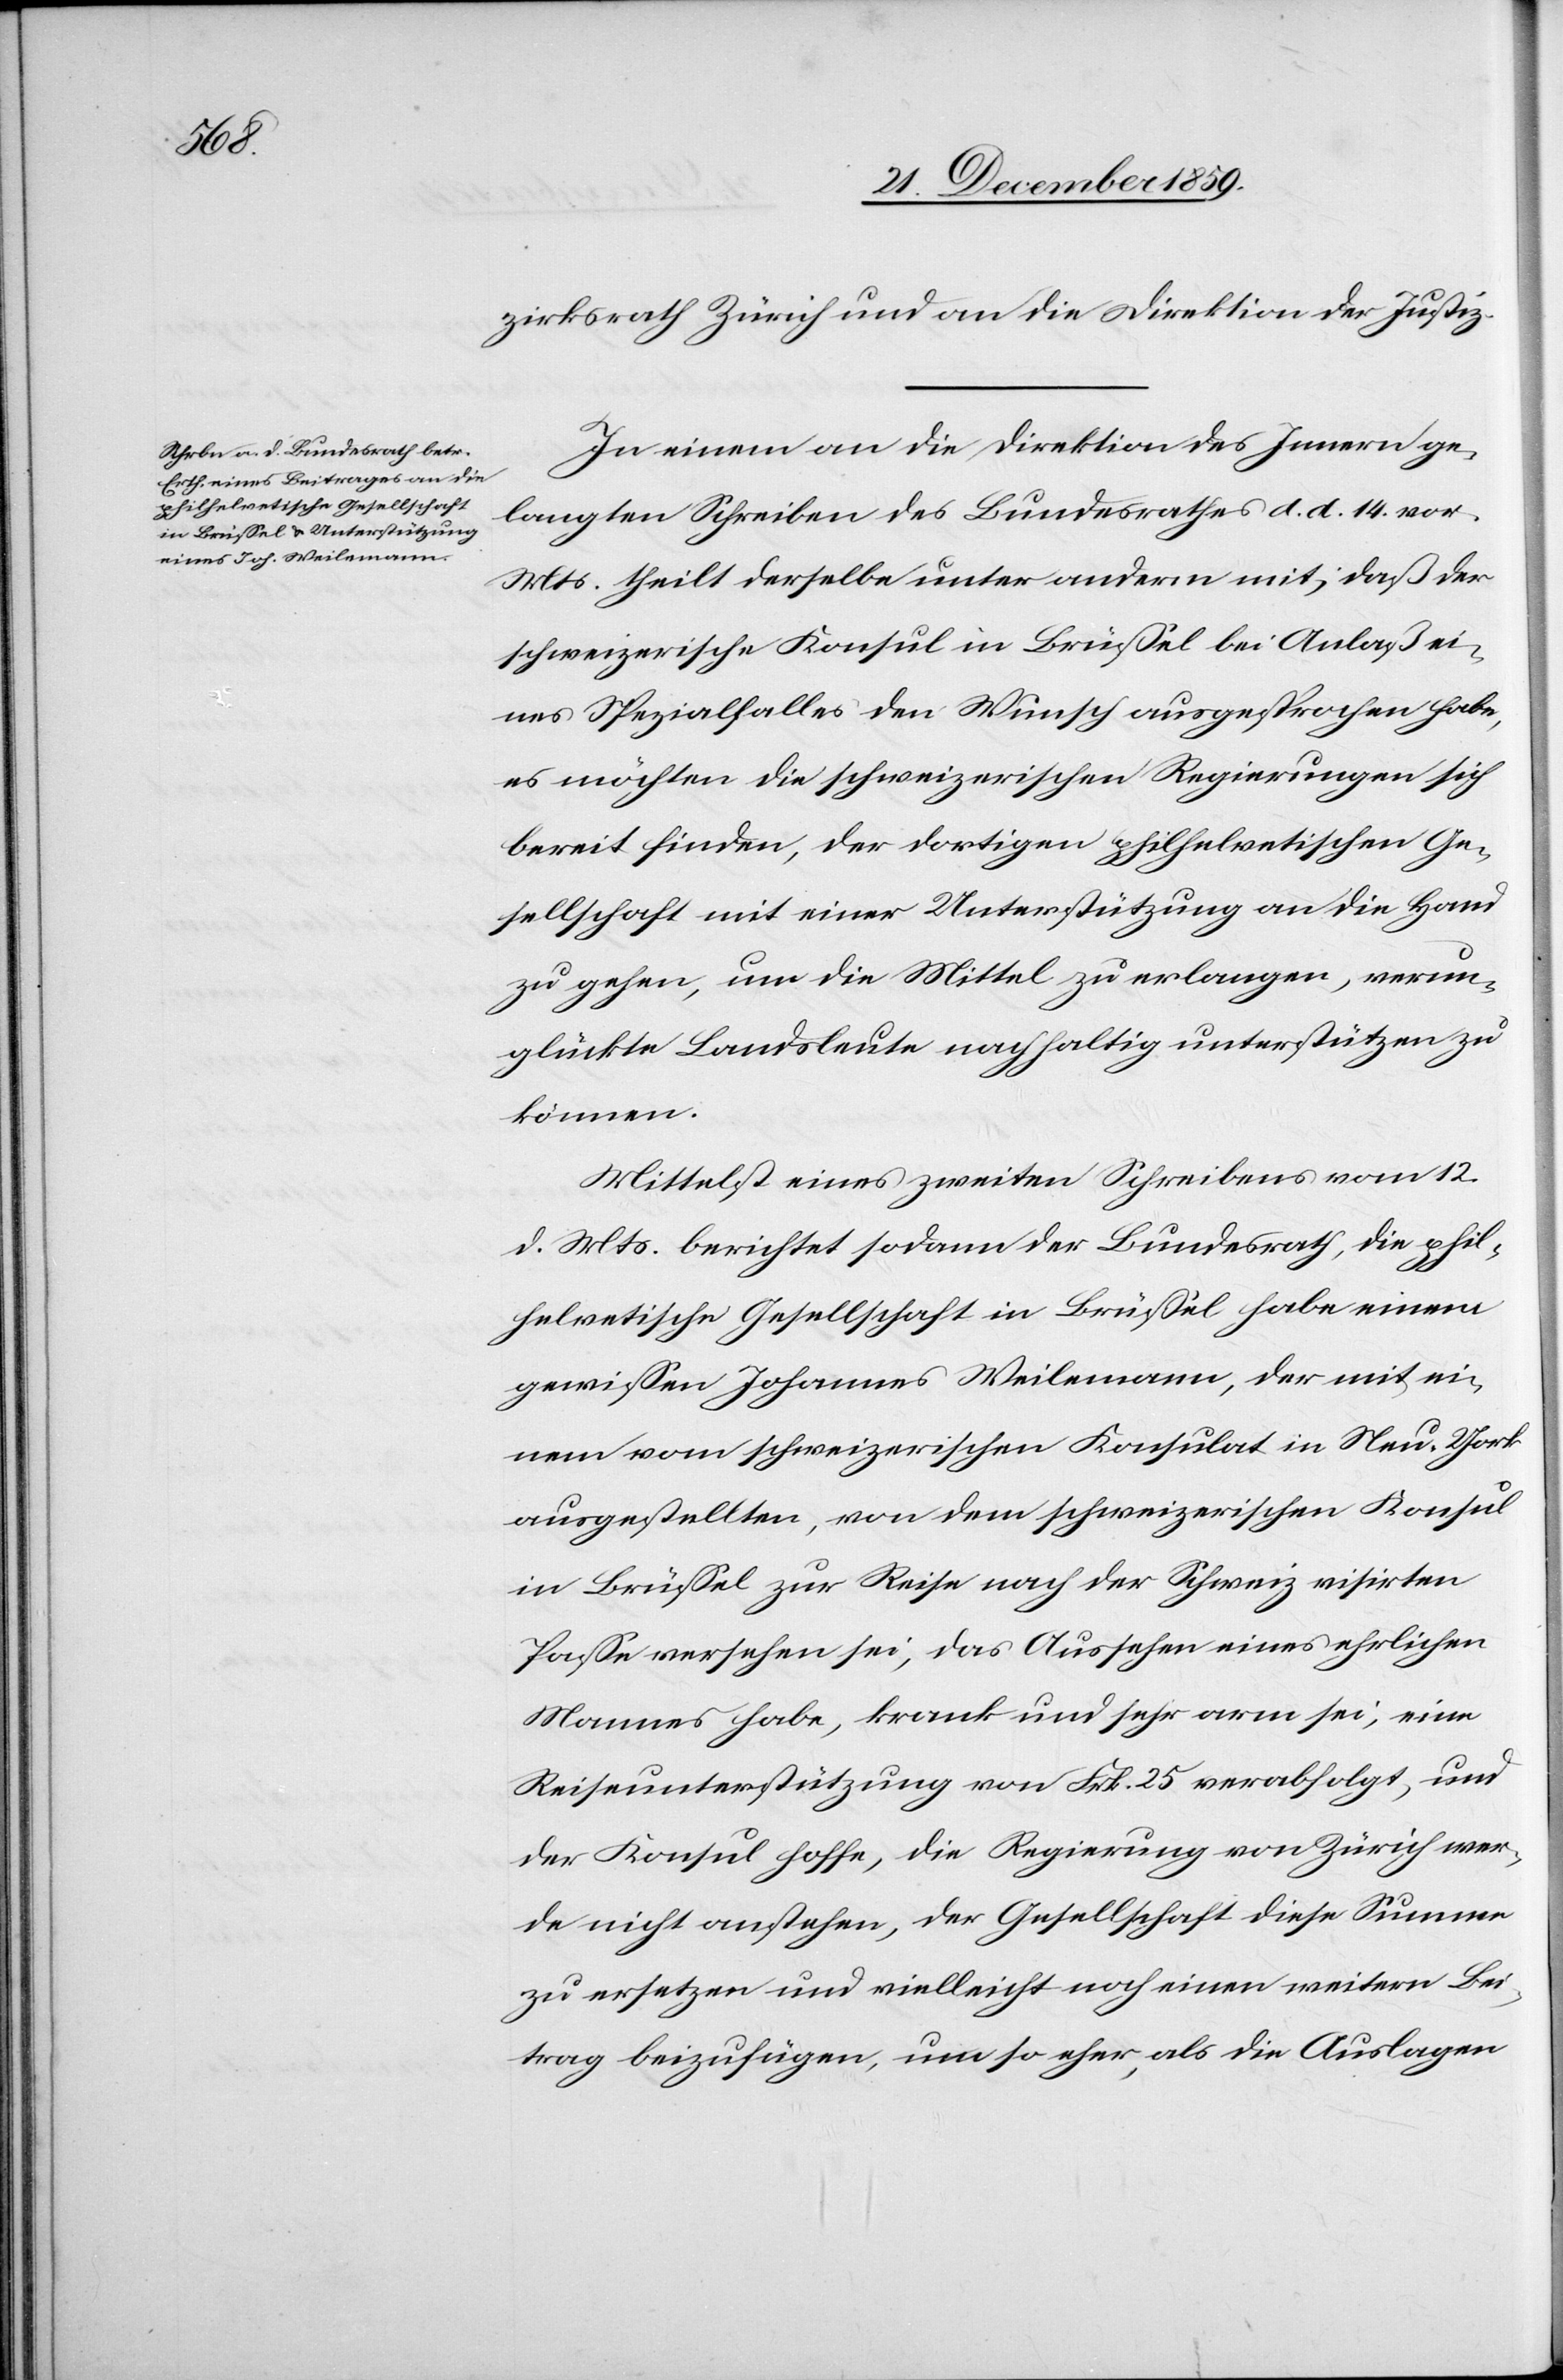
zirksrath Zürich und an die Direktion der Justiz.
In einem an die Direktion des Innern ge¬
langten Schreiben des Bundesrathes d. d. 14. vor.
Mts. theilt derselbe unter anderm mit, daß der
schweizerische Konsul in Brüssel bei Anlaß ei¬
nes Spezialfalles den Wunsch ausgesprochen habe,
es möchten die schweizerischen Regierungen sich
bereit finden, der dortigen philhelvetischen Ge¬
sellschaft mit einer Unterstützung an die Hand
zu gehen, um die Mittel zu erlangen, verun¬
glückte Landsleute nachhaltig unterstützen zu
können.
Mittelst eines zweiten Schreibens vom 12.
d. Mts. berichtet sodann der Bundesrath, die phil¬
helvetische Gesellschaft in Brüssel habe einen
gewissen Johannes Weilemann, der mit ei¬
nem vom schweizerischen Konsulat in Neu-York
ausgestellten, von dem schweizerischen Konsul
in Brüssel zur Reise nach der Schweiz visirten
Passe versehen sei, das Aussehen eines ehrlichen
Mannes habe, krank und sehr arm sei, eine
Reiseunterstützung von Frk. 25 verabfolgt, und
der Konsul hoffe, die Regierung von Zürich wer¬
de nicht anstehen, der Gesellschaft diese Summe
zu ersetzen und vielleicht noch einen weiteren Bei¬
trag beizufügen, um so eher, als die Auslagen